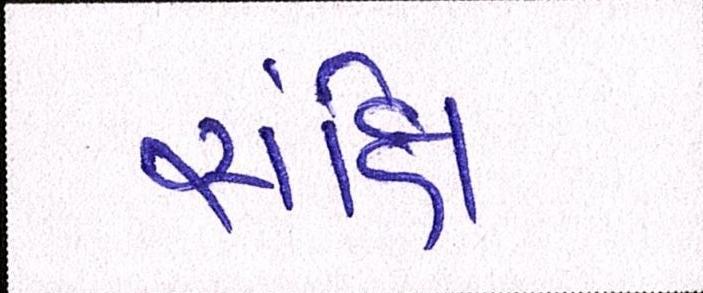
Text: સંક્ષિ